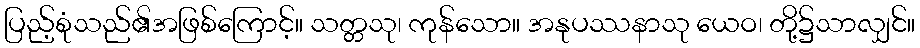
ပြည့်စုံသည်၏အဖြစ်ကြောင့်။ သတ္တသု၊ ကုန်သော။ အနုပဿနာသု ယေဝ၊ တို့၌သာလျှင်။